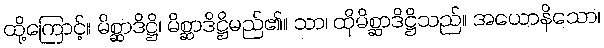
ထို့ကြောင့်။ မိစ္ဆာဒိဋ္ဌိ၊ မိစ္ဆာဒိဋ္ဌိမည်၏။ သာ၊ ထိုမိစ္ဆာဒိဋ္ဌိသည်။ အယောနိသော၊